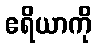
ဧရိယာကို